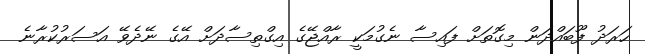
ހަރަދު ފޫބައްދަން މިގޮތަށް ފައިސާ ނެގުމަކީ ރާއްޖޭގެ އިގްތިސާދަށް އޭގެ ނޭދެވޭ އަސަރުކުރާނެ